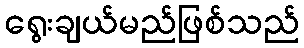
ရွေးချယ်မည်ဖြစ်သည်